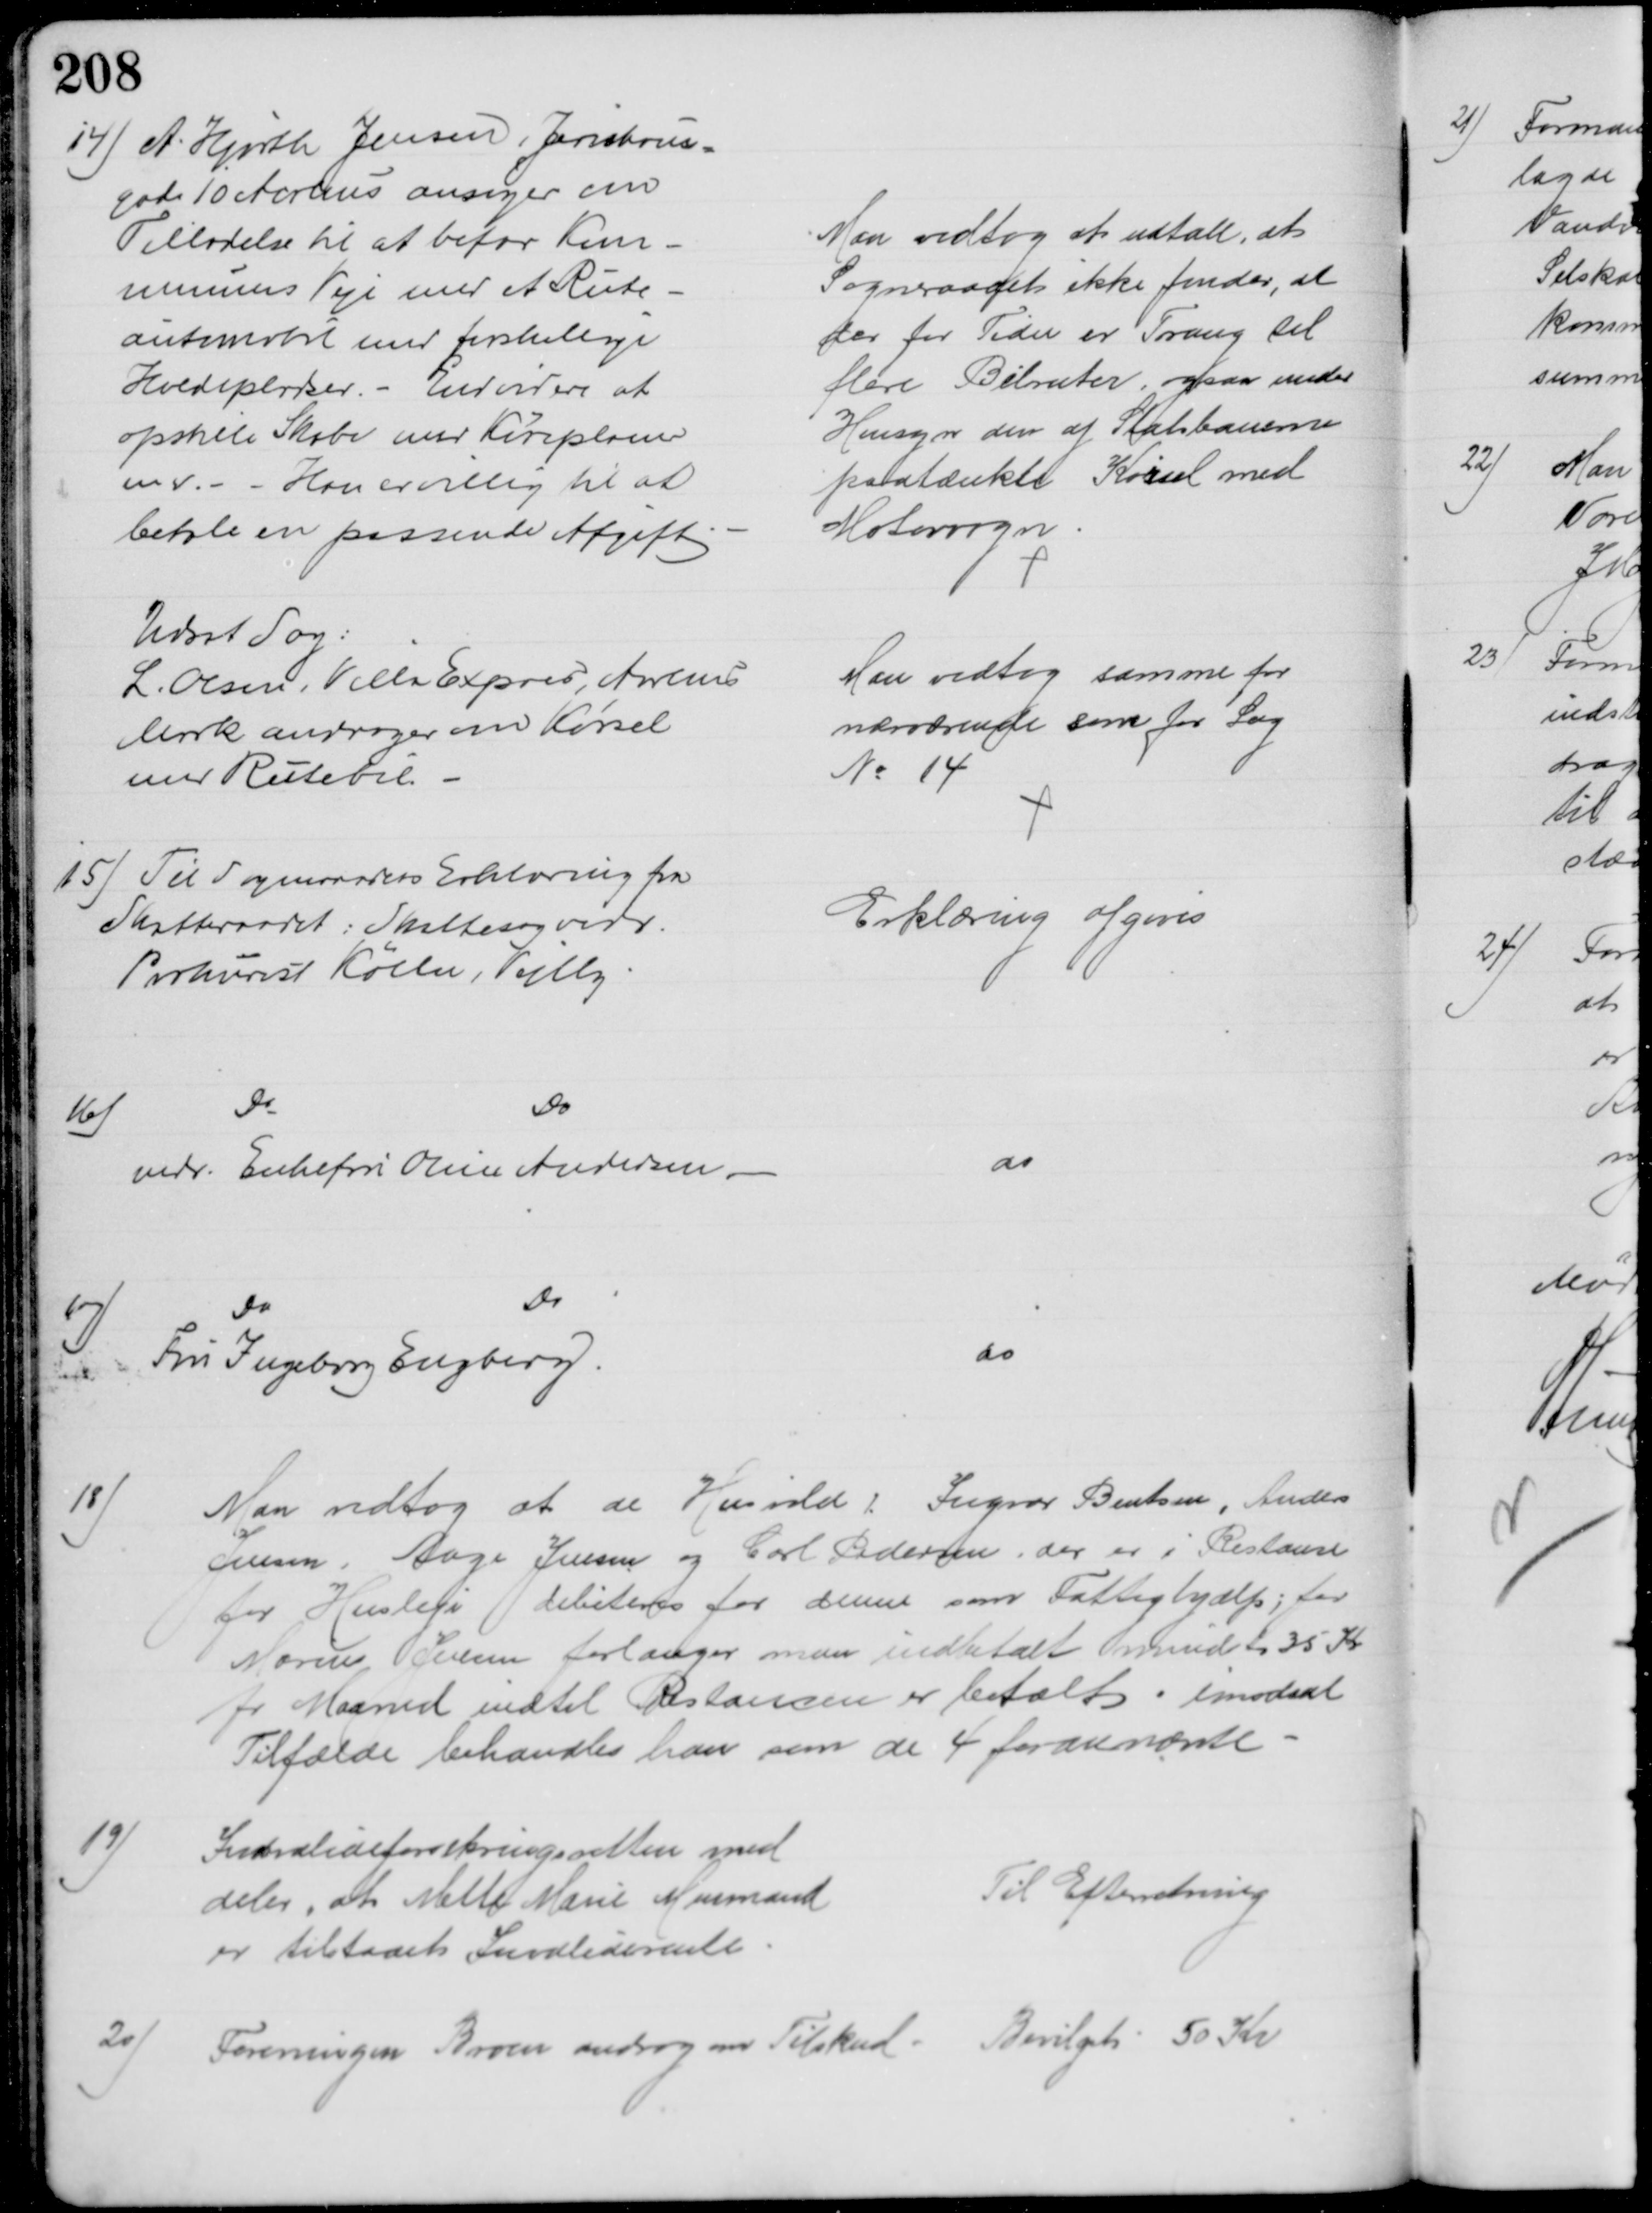
Transskription:
14) A. Hjorth Jensen, Jerichaus-
gade 10 Aarhus ansøger om
Tilladelse til at befar Kom-
munens Veje med et Rute-
automobil med forskellige
Holdepladser. - Endvidere at
opstille Skabe med Køreplaner
m v. - Han er villig til at 
betale en passende Afgift
Man vedtog at udtale, at
Sogneraadet ikke finder, at 
der for Tiden er Trang til
flere Bilruter, ogsaa under
Hensyn den af Statsbanerne
paatænkte Kørsel med
Motorvogn
Udsat Sag:
L. Olsen, Villa Expres, Aarhus 
Mark andrager om Kørsel
med Rutebil.
Man vedtog samme for
nærværende som for Sag
№ 14
15) Til Sogneraadets Erklæring fra
Skatteraadet: Skattesag vedr..
Prokurist Kølln, Vejlby.
Erklæring afgives
16)
Do
Do
vedr. Enkefru Oline Andersen.
do
17)
Do
Do
Fru Ingeborg Engberg.
do
18)
Man vedtog at de Husvilde: Ingvar Bentsen, Anders
Jensen, Aage Jensen og Carl Pedersen, der er i Restance
for Husleje debiteres for denne som Fattighjælp; for
Marius Jensen forlanger man indbetalt mindst 35 Kr
pr Maaned indtil Ristancen er betalt, imodsat
Tilfælde behandles han som de 4 forannævnte
19)
Indvalideforsikringsretten med
deler, at Mette Marie Muurmand
er tilstaaet Invaliderente
Til Efterretning
20)
Foreningen Broen androg om Tilskud
Bevilget 50 Kr